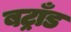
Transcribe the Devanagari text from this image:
बट्राँड